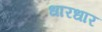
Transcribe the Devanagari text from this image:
धारधार